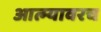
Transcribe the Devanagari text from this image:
आत्म्यावरच